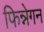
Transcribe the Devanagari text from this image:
फिन्नेगन